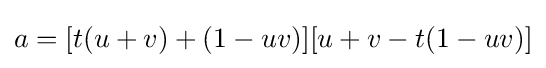
a=[t(u+v)+(1-uv)][u+v-t(1-uv)]